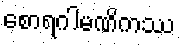
စောရဂါမဏိကဿ